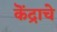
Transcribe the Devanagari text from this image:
कॆंद्राचे